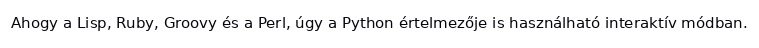
Ahogy a Lisp, Ruby, Groovy és a Perl, úgy a Python értelmezője is használható interaktív módban.